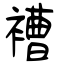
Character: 褿